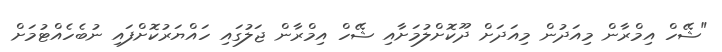
"ޝޭހް އިމްރާން މިއަދުން މިއަދަށް ދޫކޮށްލުމަށާއި ޝޭހް އިމްރާން ޖަލުގައި ހައްޔަރުކޮށްފައި ނުބެހެއްޓުމަށް